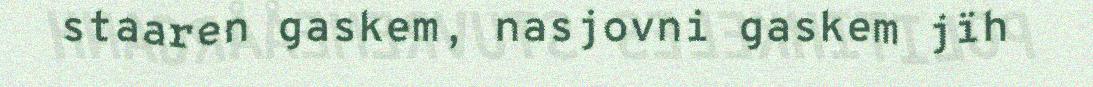
staaren gaskem, nasjovni gaskem jïh